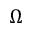
\Omega